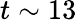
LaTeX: t\sim 13